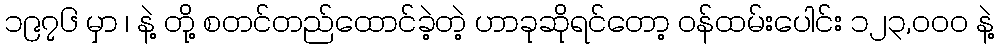
၁၉၇၆ မှာ ၊ နဲ့ တို့ စတင်တည်ထောင်ခဲ့တဲ့ ဟာခုဆိုရင်တော့ ဝန်ထမ်းပေါင်း ၁၂၃,၀၀၀ နဲ့